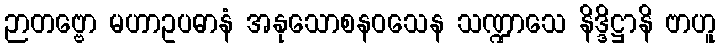
ဉာတဗ္ဗော မဟာဥပဓာနံ အနုသောစနဝသေန သဏ္ဍာသေ နိဒ္ဒိဋ္ဌာနိ ဗာဟူ